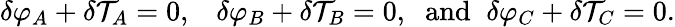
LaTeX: {\delta}\varphi_{A}+{\delta}{\cal T}_{A}=0,\; \; \; {\delta}\varphi_{B}+{\delta}{\cal T}_{B}=0,\; \; \mathrm{and}\; \; {\delta}\varphi_{C}+{\delta}{\cal T}_{C}=0.